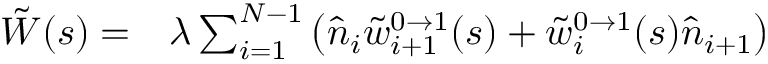
\begin{array} { r l } { \tilde { W } ( s ) = } & { { } \lambda \sum _ { i = 1 } ^ { N - 1 } \left( \hat { n } _ { i } \tilde { w } _ { i + 1 } ^ { 0 \to 1 } ( s ) + \tilde { w } _ { i } ^ { 0 \to 1 } ( s ) \hat { n } _ { i + 1 } \right) } \end{array}